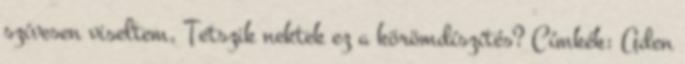
szívesen viseltem. Tetszik nektek ez a körömdíszítés? Címkék: Aden